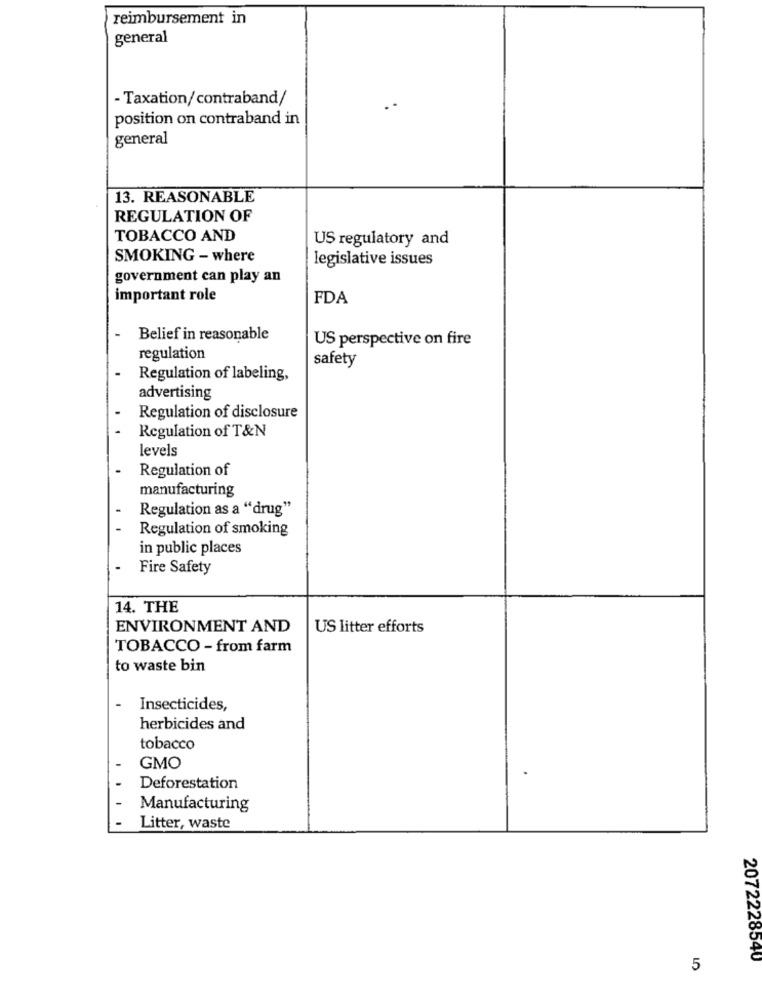
reimbursement in
general
- Taxation/contraband/
position on contraband in
general
13. REASONABLE
REGULATION OF
TOBACCO AND
US regulatory and
SMOKING - where
legislative issues
government can play an
important role
FDA
-
Belief in reasonable
US perspective on fire
regulation
safety
Regulation of labeling,
advertising
Regulation of disclosure
Regulation of T&N
levels
Regulation of
manufacturing
Regulation as a "drug"
Regulation of smoking
in public places
Fire Safety
14. THE
ENVIRONMENT AND
US litter efforts
TOBACCO - from farm
to waste bin
Insecticides,
herbicides and
tobacco
GMO
Deforestation
Manufacturing
Litter, waste
2072228540
5